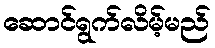
ဆောင်ရွက်လိမ့်မည်